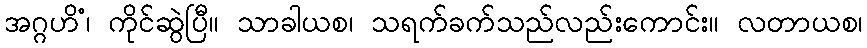
အဂ္ဂဟိံ၊ ကိုင်ဆွဲပြီ။ သာခါယစ၊ သရက်ခက်သည်လည်းကောင်း။ လတာယစ၊